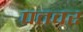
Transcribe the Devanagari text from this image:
पतवर